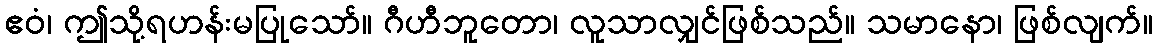
ဧဝံ၊ ဤသို့ရဟန်းမပြုသော်။ ဂီဟီဘူတော၊ လူသာလျှင်ဖြစ်သည်။ သမာနော၊ ဖြစ်လျက်။